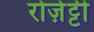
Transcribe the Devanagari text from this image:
रोज़ेट्टी